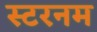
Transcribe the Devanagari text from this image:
स्टरनम